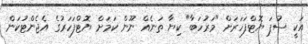
އަކީ ސުޕަ ޔޮޓްފަހަރަށް "މަރުހަބާ" ކިޔާ ތަނެއް ނޫން ކަމަށް ޔޮޓްފަހަރުގެ އެޖެންޓުކަން